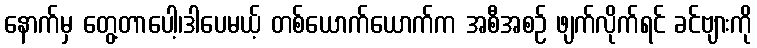
နောက်မှ တွေ့တာပေါ့၊ဒါပေမယ့် တစ်ယောက်ယောက်က အစီအစဉ် ဖျက်လိုက်ရင် ခင်ဗျားကို